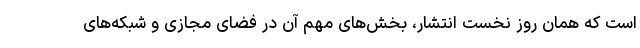
است که همان روز نخست انتشار، بخش‌های مهم آن در فضای مجازی و شبکه‌های